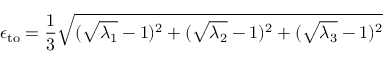
\epsilon _ { \mathrm { t o } } = \frac { 1 } { 3 } \sqrt { ( \sqrt { \lambda _ { 1 } } - 1 ) ^ { 2 } + ( \sqrt { \lambda _ { 2 } } - 1 ) ^ { 2 } + ( \sqrt { \lambda _ { 3 } } - 1 ) ^ { 2 } }